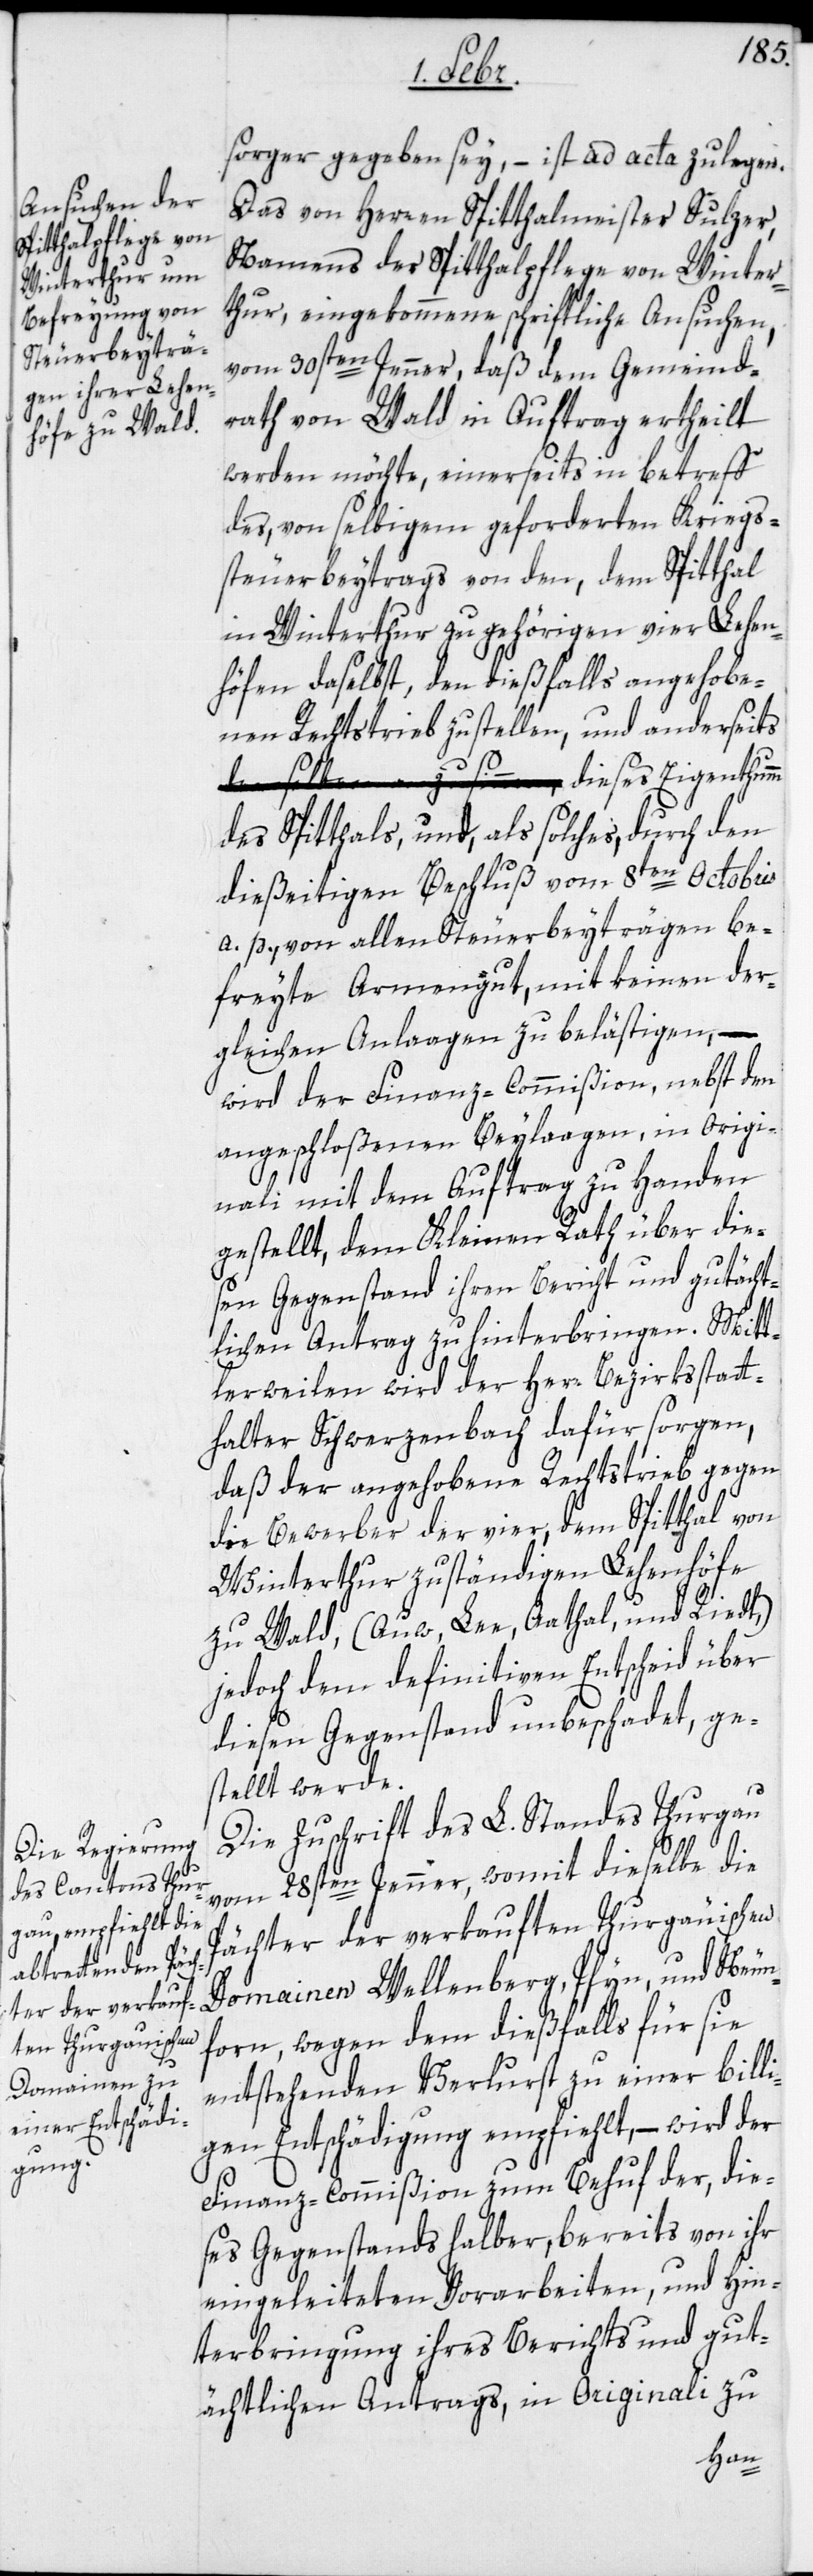
sorger gegeben sey, – ist ad acta zu legen.
Das von Herren Spitthalmeister Sulzer,
Namens der Spitthalpflege von Winter¬
thur, eingekommene schriftliche Ansuchen,
vom 30sten Jenner, daß dem Gemeind¬
rath von Wald in Auftrag ertheilt
werden möchte, einerseits in betreff
des, von selbigem geforderten Kriegs¬
steuerbeytrags von den, dem Spitthal
in Winterthur zugehörigen vier Lehen¬
höfen daselbst, den dießfalls angehobe¬
nen Rechtstrieb zustellen, und anderseits
des Spitthals, und, als solches, durch den
dießeitigen Beschluß vom 8ten Octobris
a. p. von allen Steuerbeyträgen be¬
freyte Armengut, mit keinen der¬
gleichen Anlaagen zu belästigen, –
wird der Finanz-Commißion, nebst den
angeschloßenen Beylaagen, in Origi¬
nali mit dem Auftrag zu Handen
gestellt, dem Kleinen Rath über die¬
sen Gegenstand ihren Bericht und gutächt¬
lichen Antrag zu hinterbringen. Mitt¬
lerweilen wird der Herr Bezirksstatt¬
halter Schwerzenbach dafür sorgen,
daß der angehobene Rechtstrieb gegen
die Bewerber der vier, dem Spitthal von
Winterthur zuständigen Lehenhöfe
zu Wald, (Auw, Lee, Aathal, und Riedt,)
jedoch dem definitiven Entscheid über
diesen Gegenstand unbeschadet, ge¬
stellt werde.
Die Zuschrift des L. Standes Thurgau
vom 28sten Jenner, womit dieselbe die
Pächter der verkauften Thurgäuischen
Domainen Wellenberg, Pfyn, und Neun¬
forn, wegen dem dießfalls für sie
entstehenden Verlurst zu einer bill¬
igen Entschädigung empfiehlt, – wird der
Finanz-Commißion zum Behuf der, die¬
ses Gegenstands halber, bereits von ihr
eingeleiteten Vorarbeiten, und Hin¬
terbringung ihres Berichts und gut¬
ächtlichen Antrags, in Originali zu